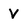
Character: v